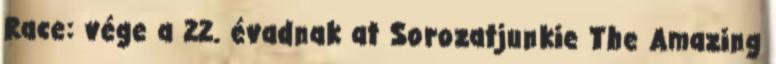
Race: vége a 22. évadnak at Sorozatjunkie The Amazing